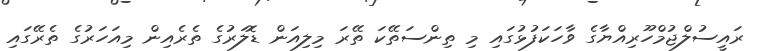
ރައީސުލްޖުމްހޫރިއްޔާގެ ވާހަކަފުޅުގައި މި ތިންސަތޭކަ ތޭރަ މިލިއަން ޑޮލަރުގެ ތެރެއިން މިއަހަރުގެ ތެރޭގައި